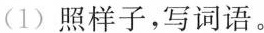
(1) 照样子，写词语